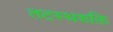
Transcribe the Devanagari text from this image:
तटस्थशक्ति